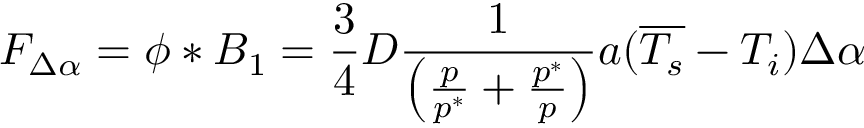
F _ { \Delta \alpha } = \phi * B _ { 1 } = \frac { 3 } { 4 } D \frac { 1 } { \left( \frac { p } { p ^ { * } } + \frac { p ^ { * } } { p } \right) } a ( \overline { { T _ { s } } } - T _ { i } ) \Delta \alpha